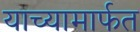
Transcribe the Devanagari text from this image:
याच्यामार्फत